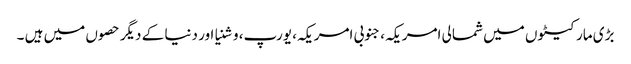
بڑی مارکیٹوں میں شمالی امریکہ، جنوبی امریکہ، یورپ، وشنیا اور دنیا کے دیگر حصوں میں ہیں ۔